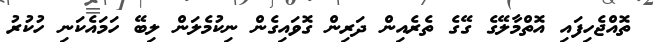
ތޮއްޖެހިފައި އޮތްމާލޭގެ ގޭގެ ތެރެއިން ދަރިން ގޮވައިގެން ނިކުމެލަން ލިބޭ ހަމައެކަނި ހުކުރު